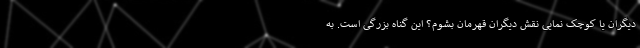
دیگران یا کوچک نمایی نقش دیگران قهرمان بشوم؟ این گناه بزرگی است. به